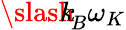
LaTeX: {\slash\! \! \! k}_{\! {B}}\omega_{K}